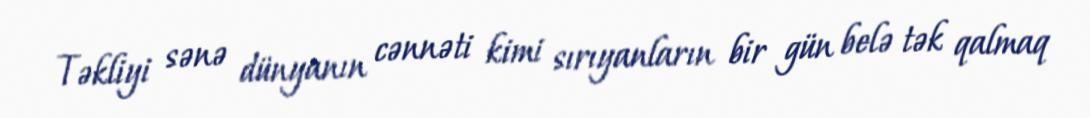
Təkliyi sənə dünyanın cənnəti kimi sırıyanların bir gün belə tək qalmaq